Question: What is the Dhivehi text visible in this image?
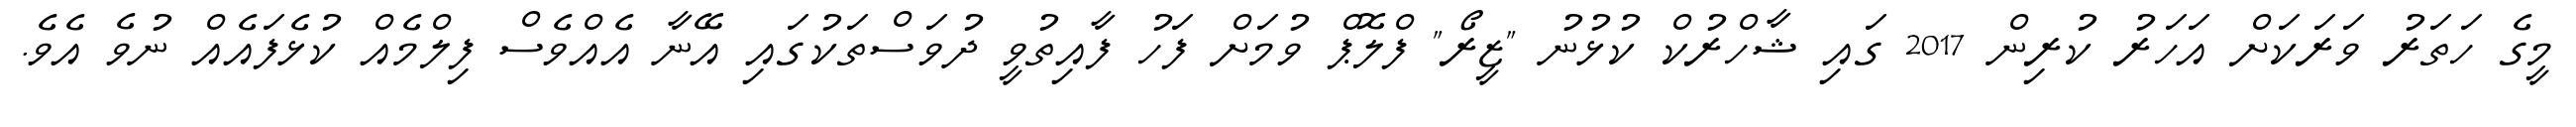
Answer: މީގެ ހަތަރު ވަރަކަށް އަހަރު ކުރިން 2017 ގައި ޝާހްރުކް ކުޅުނު "ޒީރޯ" ފްލޮޕް ވުމަށް ފަހު ފާއިތުވީ ދުވަސްތަކުގައި އޭނާ އެއްވެސް ފިލްމެއް ކުޅެފައެއް ނުވެ އެވެ.